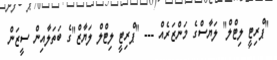
"ޕްރިޓީ ލިޓްލް" ލަޔާސްގެ މަންޒަރެއް --- "ޕްރިޓީ ލިޓްލް ލަޔާޒް"ގެ ބަތަލާއިން ސީޒަން